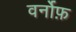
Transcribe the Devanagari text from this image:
वर्नोफ़